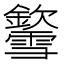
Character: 𨯎